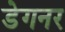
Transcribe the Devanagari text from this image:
डेगनर